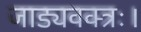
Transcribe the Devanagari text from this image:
जाड्यवक्त्रः।